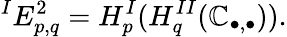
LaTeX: {}^{I}E_{p,q}^{2}=H_{p}^{I}(H_{q}^{II}(\mathbb{C}_{\bullet,\bullet})).